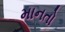
માનતો